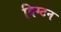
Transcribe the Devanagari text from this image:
विग्टन